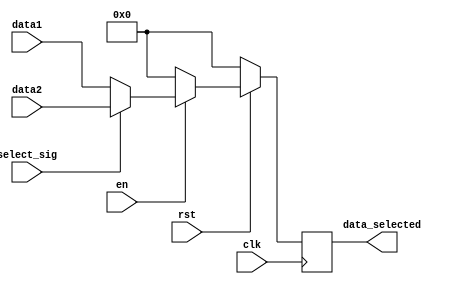
`timescale 1ns / 1ps
//////////////////////////////////////////////////////////////////////////////////
// Company: 
// Engineer: 
// 
// Design Name: 
// Module Name: MUX2t1
// Project Name: 
// Target Devices: 
// Tool Versions: 
// Description: 
// 
// Dependencies: 
// 
// Revision:
// Revision 0.01 - File Created
// Additional Comments:
// 
//////////////////////////////////////////////////////////////////////////////////


module MUX2t1#(parameter DIMENSION=16,WIDTH=8)
(clk,rst,en,
data1,data2,select_sig,data_selected
);

input clk, rst, en;
input signed [DIMENSION*WIDTH-1:0] data1,data2;
input select_sig;
output reg  signed [DIMENSION*WIDTH-1:0] data_selected;


always@(posedge clk)
begin
if(!rst)
data_selected <= 0;
else if (en)
begin
if(select_sig == 0)
data_selected <= data1;
else
data_selected <= data2;
end
else 
data_selected <= 0;
end
    
endmodule